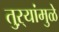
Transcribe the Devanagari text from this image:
तुऱ्यांमुळे